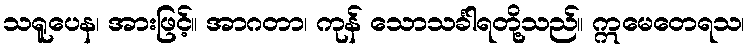
သရူပေန၊ အားဖြင့်။ အာဂတာ၊ ကုန် သောသင်္ခါရတို့သည်။ ဣမေတေရသ၊